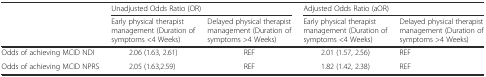
<table><thead><tr><td></td><td colspan="2"><b>Unadjusted Odds Ratio (OR)</b></td><td colspan="2"><b>Adjusted Odds Ratio (aOR)</b></td></tr><tr><td></td><td><b>Early physical therapist management (Duration of symptoms &lt;4 Weeks)</b></td><td><b>Delayed physical therapist management (Duration of symptoms &gt;4 Weeks)</b></td><td><b>Early physical therapist management (Duration of symptoms &lt;4 Weeks)</b></td><td><b>Delayed physical therapist management (Duration of symptoms &gt;4 Weeks)</b></td></tr></thead><tbody><tr><td>Odds of achieving MCID NDI</td><td>2.06 (1.63, 2.61)</td><td>REF</td><td>2.01 (1.57, 2.56)</td><td>REF</td></tr><tr><td>Odds of achieving MCID NPRS</td><td>2.05 (1.63,2.59)</td><td>REF</td><td>1.82 (1.42, 2.38)</td><td>REF</td></tr></tbody></table>